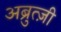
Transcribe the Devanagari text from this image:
अब्रुत्ज़ी